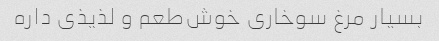
بسیار مرغ سوخاری خوش‌طعم و لذیذی داره